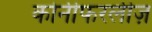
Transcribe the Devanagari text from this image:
कोनीफरलीज़